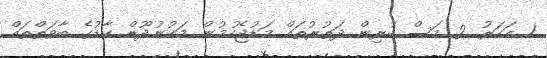
1 އަހަރު 2 މަސް ކުރިން ދަތުރުތައް މަޑުޖެހުމުން މަކުނުދޫން ކާޑުގެ ބާވަތްތައް